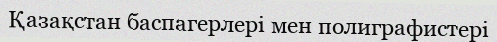
Қазақстан баспагерлері мен полиграфистері